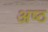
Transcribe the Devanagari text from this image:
अष्‍ठ